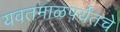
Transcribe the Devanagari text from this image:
यवतमाळपर्यंतचे